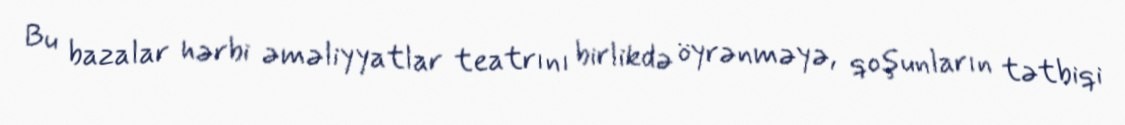
Bu bazalar hərbi əməliyyatlar teatrını birlikdə öyrənməyə, qoşunların tətbiqi